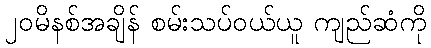
၂၀မိနစ်အချိန် စမ်းသပ်ဝယ်ယူ ကျည်ဆံကို